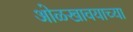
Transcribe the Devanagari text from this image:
ओळखावयाच्या